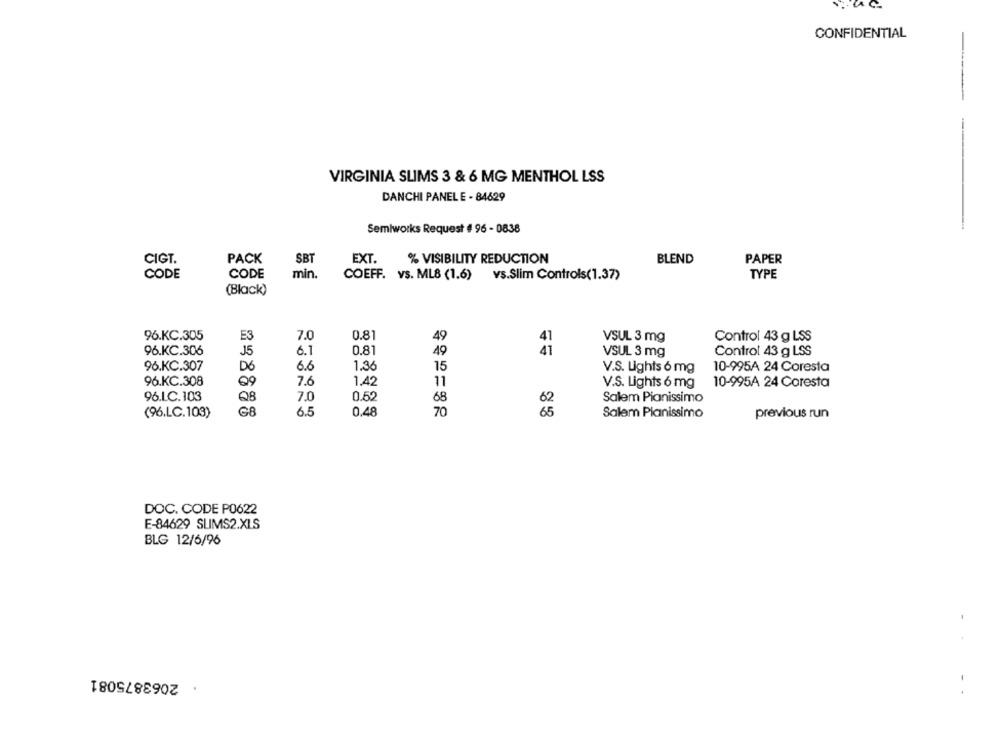
CONFIDENTIAL
VIRGINIA SLIMS 3 & 6 MG MENTHOL LSS
DANCHI PANEL E - 84629
Semiworks Request # 96 - 0838
CIGT.
PACK
EXT.
% VISIBILITY REDUCTION
BLEND
PAPER
SBT
CODE
CODE
min.
COEFF. vs. ML8 (1.6) vs.Slim Controls(1.37)
TYPE
(Black)
96.KC.305
E3
7.0
0.81
49
VSUL 3 mg
Control 43 g LSS
96.KC.306
15
6.1
0.81
49
VSUL 3 mg
Control 43 g LSS
96.KC.307
D6
6.6
1.36
15
V.S. Lights 6 mg
10-995A 24 Coresta
96.KC.308
Q9
7.6
1.42
11
V.S. Lights 6 mg
10-995A 24 Coresta
96.L.C.103
Q8
7.0
0.52
68
Salem Pianissimo
(96.LC.103)
G8
6.5
0.48
70
Salem Pianissimo
previous run
DOC. CODE P0622
E-84629 SLIMS2.XLS
BLG 12/6/96
. 2063875081